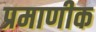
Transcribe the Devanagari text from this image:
प्रमाणीक